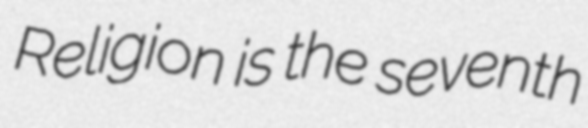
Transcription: Religion is the seventh